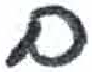
אות: ם